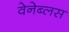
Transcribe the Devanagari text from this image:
वेनेब्लस